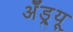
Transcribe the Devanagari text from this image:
अॅँड्र्यू